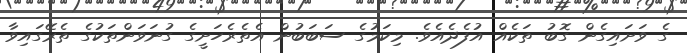
ގެ ވަށައިގެން ގޮބު ތަކެއް އުފެދެއެވެ. މިކަމުގެ ސަބަބުން އެތެރެހަށީގެ ގުނަވަންތަކުގެ ތެރޭގައިވާ